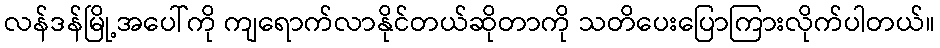
လန်ဒန်မြို့အပေါ်ကို ကျရောက်လာနိုင်တယ်ဆိုတာကို သတိပေးပြောကြားလိုက်ပါတယ်။